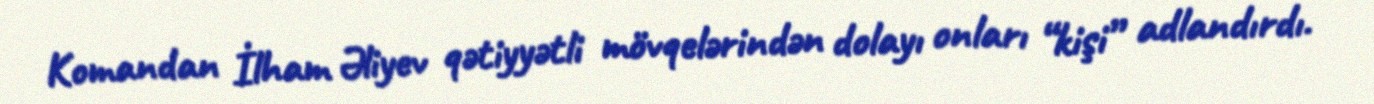
Komandan İlham Əliyev qətiyyətli mövqelərindən dolayı onları “kişi” adlandırdı.